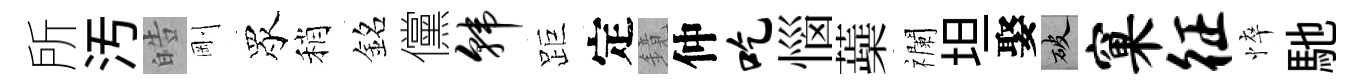
所汚皓剛眾稍銘儻韩距定鏡仲吃惱蘃襴坦娶破窠征悴馳